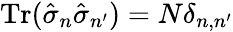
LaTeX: \operatorname{Tr}(\hat{\sigma}_{n}\hat{\sigma}_{n^{\prime}})=N\delta_{n,n^{\prime}}